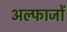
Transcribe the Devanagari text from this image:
अल्फाजों